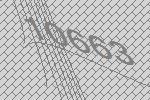
10663